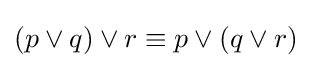
(p\vee q)\vee r\equiv p\vee (q\vee r)